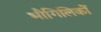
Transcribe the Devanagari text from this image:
भौगिलिकों